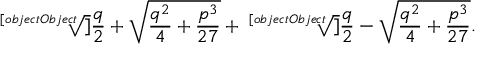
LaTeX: { \sqrt [ [object Object] ] { { \frac { q } { 2 } } + { \sqrt { { \frac { q ^ { 2 } } { 4 } } + { \frac { p ^ { 3 } } { 2 7 } } } } } } + { \sqrt [ [object Object] ] { { \frac { q } { 2 } } - { \sqrt { { \frac { q ^ { 2 } } { 4 } } + { \frac { p ^ { 3 } } { 2 7 } } } } } } .